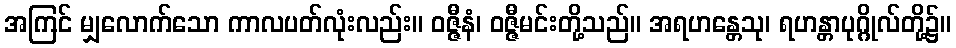
အကြင် မျှလောက်သော ကာလပတ်လုံးလည်း။ ဝဇ္ဇီနံ၊ ဝဇ္ဇီမင်းတို့သည်။ အရဟန္တေသု၊ ရဟန္တာပုဂ္ဂိုလ်တို့၌။